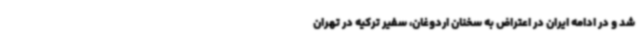
شد و در ادامه ایران در اعتراض به سخنان اردوغان، سفیر ترکیه در تهران